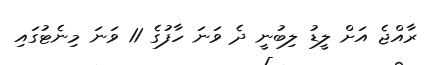
ރާއްޖެ އަށް ލީޑު ލިބުނީ ދެ ވަނަ ހާފުގެ 11 ވަނަ މިނެޓުގައި